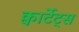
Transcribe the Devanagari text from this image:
क्वार्टेट्स